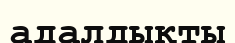
адалдықты